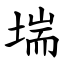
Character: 㙐